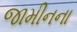
જામીનના